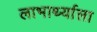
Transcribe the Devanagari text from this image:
लाभार्थ्याला